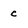
Character: C